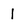
Character: 1